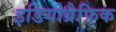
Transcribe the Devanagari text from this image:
इडियोग्रैफ़िक